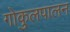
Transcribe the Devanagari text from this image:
गोकुलपालन